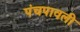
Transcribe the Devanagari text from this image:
पंचपावली